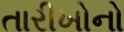
તારીખોનો